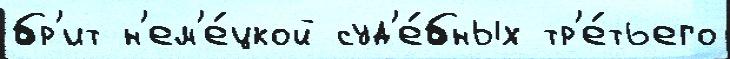
бр'ит н'ем'е́цкой суд'е́бных тр'е́тьего